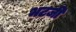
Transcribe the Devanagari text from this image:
भटजी